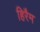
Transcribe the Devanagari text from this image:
हिरैम